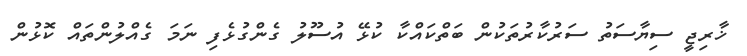
ޚާރިޖީ ސިޔާސަތު ސަރުކާރުތަކުން ބަތްކައްކާ ކުޅޭ އުސޫލު ގެންގުޅެފި ނަމަ ގެއްލުންތައް ކޮޅުން